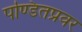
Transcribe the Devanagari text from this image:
पण्डितप्रवर